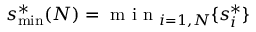
s _ { \mathrm { m i n } } ^ { * } ( N ) = \textrm { m i n } _ { i = 1 , N } \{ s _ { i } ^ { * } \}